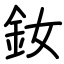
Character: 釹